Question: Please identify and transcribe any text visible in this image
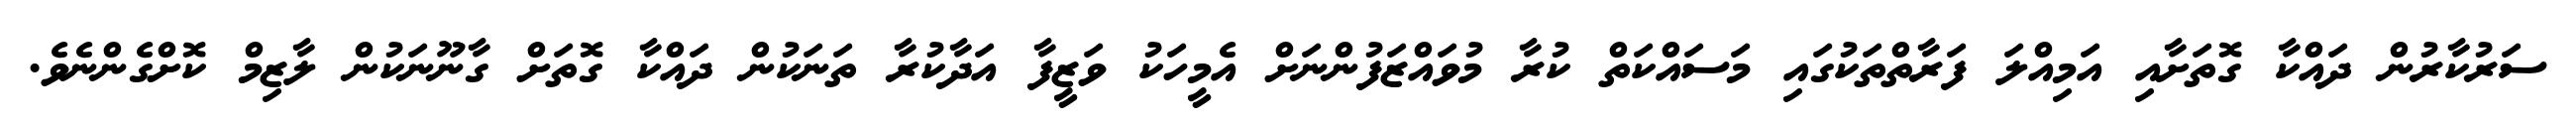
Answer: ސަރުކާރުން ދައްކާ ގޮތަށާއި އަމިއްލަ ފަރާތްތަކުގައި މަސައްކަތް ކުރާ މުވައްޒަފުންނަށް އެމީހަކު ވަޒީފާ އަދާކުރާ ތަނަކުން ދައްކާ ގޮތަށް ގާނޫނަކުން ލާޒިމް ކޮށްގެންނެވެ.